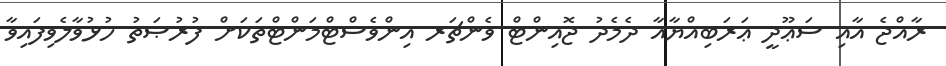
ރާއްޖެ އާއި ސަޢޫދީ ޢަރަބިއްޔާއާ ދެމެދު ޖޮއިންޓް ވެންޗަރ އިންވެސްޓްމަންޓްތަކަށް ފުރުޞަތު ހުޅުވާލެވިފައިވާ